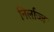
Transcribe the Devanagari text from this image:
निर्लाज्ज